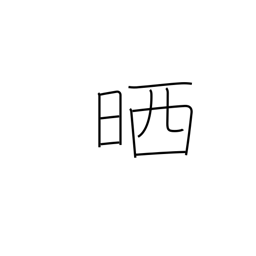
Meaning: refine